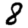
Digit: 8